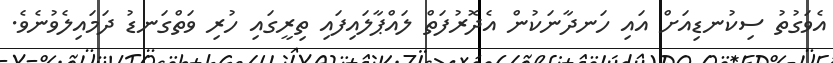
އެވަގުތު ސިކުނޑިއަށް އައި ހަނދާނަކުން އެދޮރުފަތް ލައްޕާލައިފައި ތިރީގައި ހުރި ވަތްގަނޑު ދަމައިލެވުނެވެ.